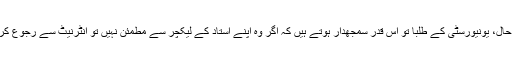
بہر حال، یونیورسٹی کے طلبا تو اس قدر سمجھدار ہوتے ہیں کہ اگر وہ اپنے استاد کے لیکچر سے مطمئن نہیں تو انٹرنیٹ سے رجوع کرلیں۔